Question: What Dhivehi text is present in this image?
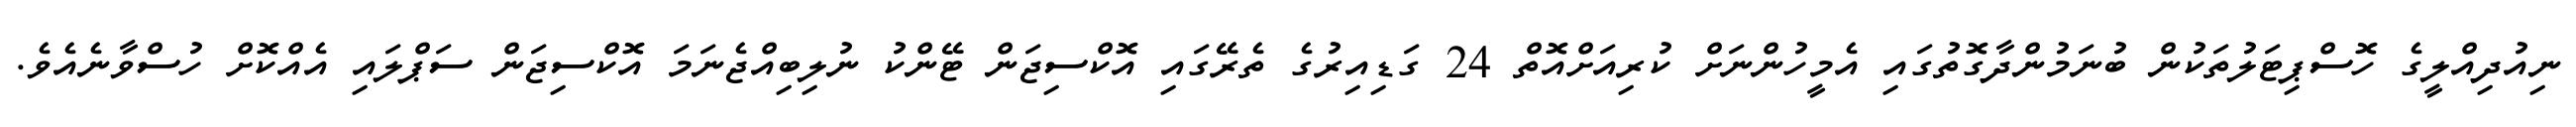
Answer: ނިއުދިއްލީގެ ހޮސްޕިޓަލުތަކުން ބުނަމުންދާގޮތުގައި އެމީހުންނަށް ކުރިއަށްއޮތް 24 ގަޑިއިރުގެ ތެރޭގައި އޮކްސިޖަން ޓޭންކު ނުލިބިއްޖެނަމަ އޮކްސިޖަން ސަޕްލައި އެއްކޮށް ހުސްވާނެއެވެ.